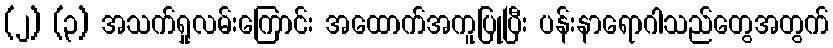
(၂) (၃) အသက်ရှုလမ်းကြောင်း အထောက်အကူပြုပြီး ပန်းနာရောဂါသည်တွေအတွက်